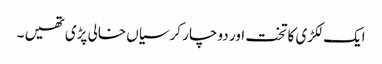
ایک لکڑی کا تخت اور دو چار کرسیاں خالی پڑی تھیں ۔